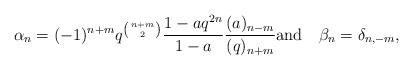
LaTeX: \begin{align*}\alpha_n=(-1)^{n+m}q^{\left({n+m\atop 2}\right)}\frac{1-aq^{2n}}{1-a}\frac{(a)_{n-m}}{(q)_{n+m}}\mbox{and}\quad\beta_n=\delta_{n,-m},\end{align*}